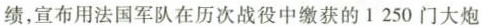
绩，宣布用法国车队在历次城役中缴获的1250门大炮